Insane asylums in Bengal annual reports 1876-1887 - 1876-1887
Year: 1876
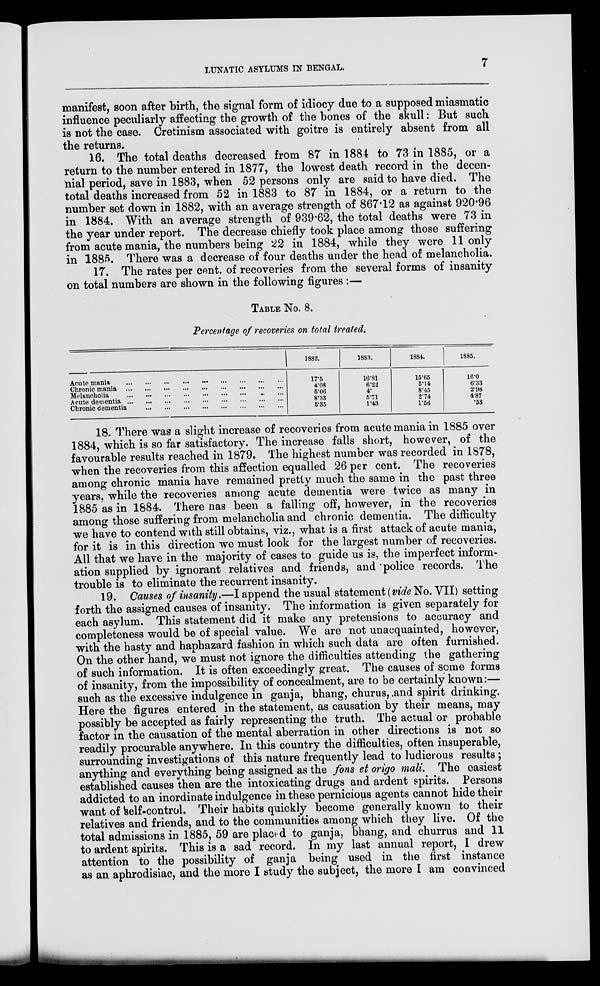
LUNATIC ASYLUMS IN BENGAL.
7
manifest, soon after birth, the signal form of idiocy due to a supposed miasmatic
influence peculiarly affecting the growth of the bones of the skull: But such
is not the case. Cretinism associated with goitre is entirely absent from all
the returns.
16. The total deaths decreased from 87 in 1884 to 73 in 1885, or a
return to the number entered in 1877, the lowest death record in the decen-
nial period, save in 1883, when 52 persons only are said to have died. The
total deaths increased from 52 in 1883 to 87 in 1884, or a return to the
number set down in 1882, with an average strength of 867.12 as against 920.96
in 1884. With an average strength of 939.62, the total deaths were 73 in
the year under report. The decrease chiefly took place among those suffering
from acute mania, the numbers being 22 in 1884, while they were 11 only
in 1885. There was a decrease of four deaths under the head of melancholia.
17. The rates per cent. of recoveries from the several forms of insanity
on total numbers are shown in the following figures :—
TABLE No. 8.
Percentage of recoveries on total treated.
Acute mania
...
...
...
...
...
...
...
...
...
Chronic mania
...
...
...
...
...
...
...
...
...
Melancholia
...
...
...
...
...
...
...
...
...
Acute dementia
...
...
...
...
...
...
...
...
...
Chronic dementia ... ... ... ... ... ... ... ...
1882.
17.5
4.08
5.06
8.33
5.35
1883.
16.81
6.22
4.
5.71
1.43
1884.
15.65
5.14
8.45
2.74
1.56
1885.
16.0
6.33
2.98
4.87
.53
18. There was a slight increase of recoveries from acute mania in 1885 over
1884, which is so far satisfactory. The increase falls short, however, of the
favourable results reached in 1879. The highest number was recorded in 1878,
when the recoveries from this affection equalled 26 per cent. The recoveries
among chronic mania have remained pretty much the same in the past three
years, while the recoveries among acute dementia were twice as many in
1885 as in 1884. There has been a falling off, however, in the recoveries
among those suffering from melancholia and chronic dementia. The difficulty
we have to contend with still obtains, viz., what is a first attack of acute mania,
for it is in this direction we must look for the largest number of recoveries.
All that we have in the majority of cases to guide us is, the imperfect inform-
ation supplied by ignorant relatives and friends, and police records. The
trouble is to eliminate the recurrent insanity.
19. Causes of insanity.—I append the usual statement (vide No. VII) setting
forth the assigned causes of insanity. The information is given separately for
each asylum. This statement did it make any pretensions to accuracy and
completeness would be of special value. We are not unacquainted, however,
with the hasty and haphazard fashion in which such data are often furnished.
On the other hand, we must not ignore the difficulties attending the gathering
of such information. It is often exceedingly great. The causes of some forms
of insanity, from the impossibility of concealment, are to be certainly known:—
such as the excessive indulgence in ganja, bhang, churus, and spirit drinking.
Here the figures entered in the statement, as causation by their means, may
possibly be accepted as fairly representing the truth. The actual or probable
factor in the causation of the mental aberration in other directions is not so
readily procurable anywhere. In this country the difficulties, often insuperable,
surrounding investigations of this nature frequently lead to ludicrous results ;
anything and everything being assigned as the fons et origo mali. The easiest
established causes then are the intoxicating drugs and ardent spirits. Persons
addicted to an inordinate indulgence in these pernicious agents cannot hide their
want of self-control. Their habits quickly become generally known to their
relatives and friends, and to the communities among which they live. Of the
total admissions in 1885, 59 are placed to ganja, bhang, and churrus and 11
to ardent spirits. This is a sad record. In my last annual report, I drew
attention to the possibility of ganja being used in the first instance
as an aphrodisiac, and the more I study the subject, the more I am convinced